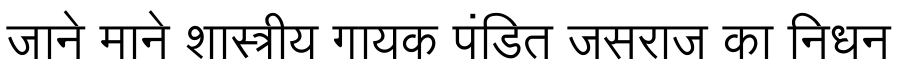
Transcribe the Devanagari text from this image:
जाने माने शास्त्रीय गायक पंडित जसराज का निधन